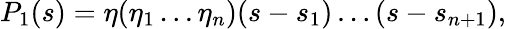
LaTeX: P_{1}(s)=\eta(\eta_{1}\ldots\eta_{n})(s-s_{1})\ldots(s-s_{n+1}),